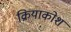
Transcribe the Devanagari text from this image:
क्रियाकोश